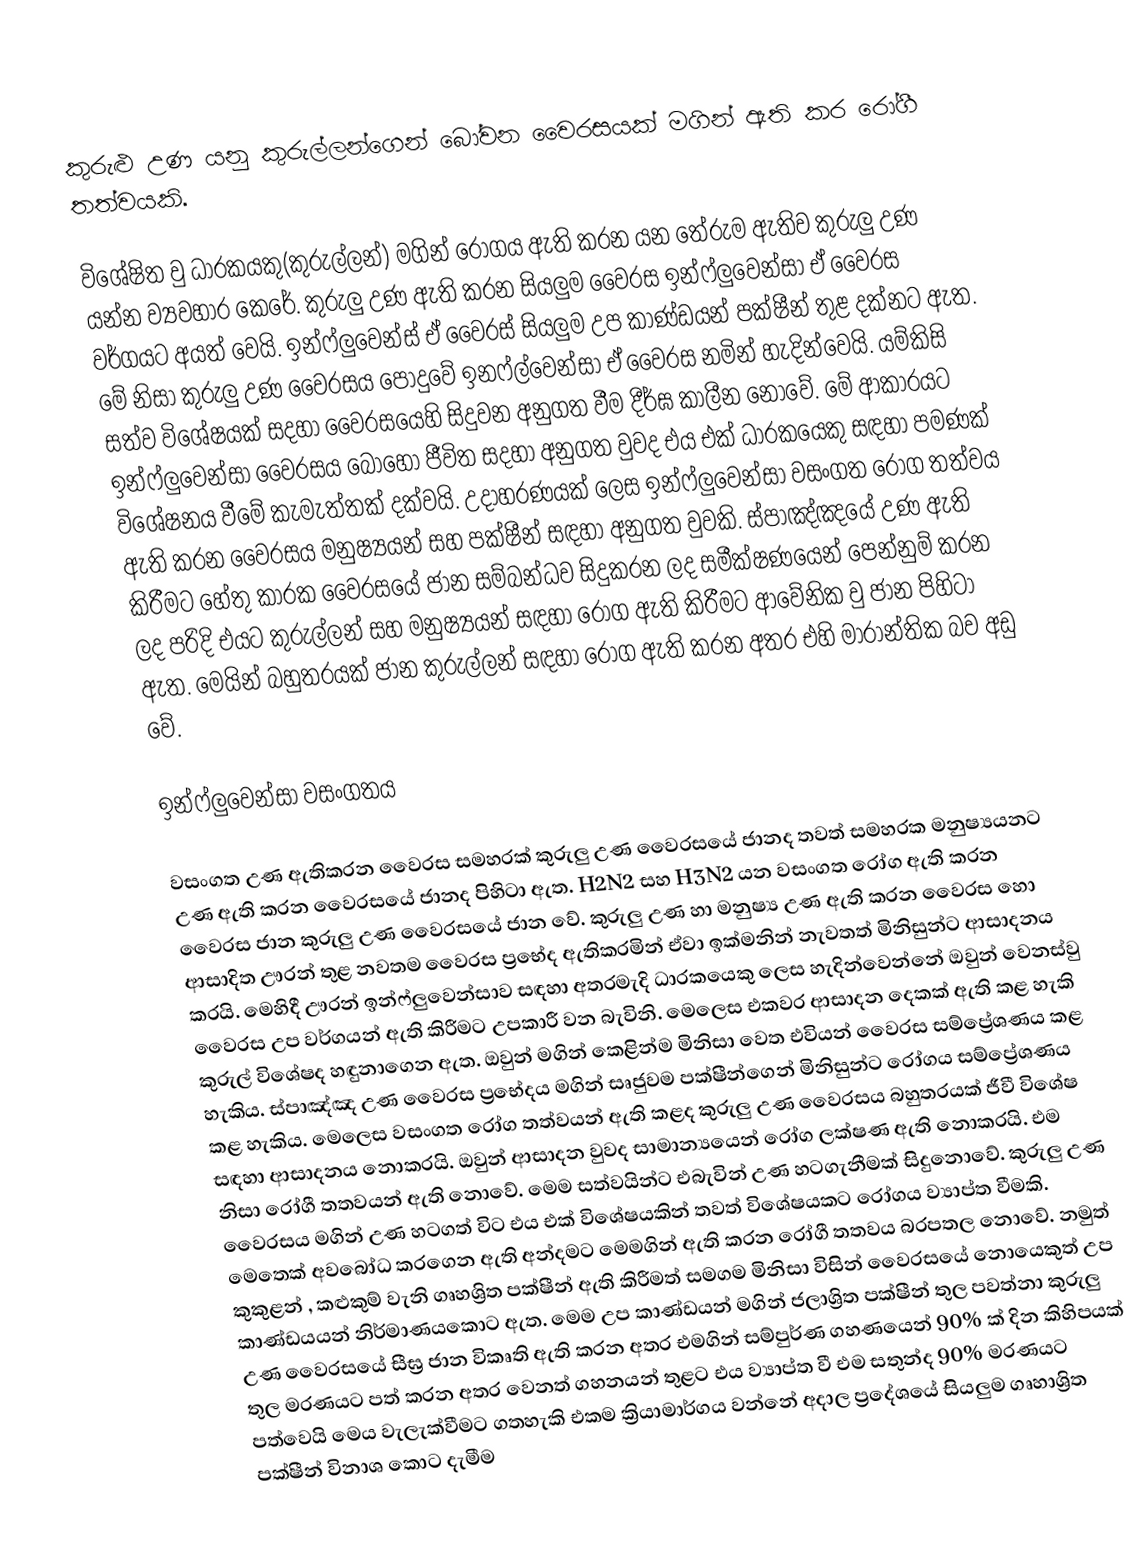
කුරුළු උණ යනු  කුරුල්ලන‍්ගෙන් බෝවන වෛරසයක් මගින් ඇති කර  රෝගී තත්වයකි.

විශේෂිත වු ධාරකයකු(කුරුල්ලන්) මගින් රෝගය ඇති කරන යන තේරුම ඇතිව කුරුලු උණ යන්න ව්‍යවහාර කෙරේ. කුරුලු උණ ඇති කරන සියලුම වෛරස ඉන්ෆ්ලුවෙන්සා ඒ වෛරස වර්ගයට අයත් වෙයි. ඉන්ෆ්ලුවෙන්ස් ඒ වෛරස් සියලුම උප කාණ්ඩයන් පක්ෂීන් තුළ දක්නට ඇත.  මේ නිසා කුරුලු උණ වෛරසය පොදුවේ ඉනෆ්ල්වෙන්සා ඒ වෛරස නමින් හැදින්වෙයි.  යම්කිසි සත්ව විශේෂයක් සදහා වෛරසයෙහි සිදුවන අනුගත වීම දීර්ඝ කාලීන නොවේ.  මේ ආකාරයට ඉන්ෆ්ලුවෙන්සා වෛරසය බොහෝ ජීවිත සදහා අනුගත වුවද එය එක් ධාරකයෙකු සඳහා පමණක් විශේෂනය වීමේ කැමැත්තක්  දක්වයි.  උදාහරණයක් ලෙස ඉන්ෆ්ලුවෙන්සා වසංගත රෝග තත්වය ඇති කරන වෛරසය මනුෂ්‍යයන් සහ පක්ෂීන්  සඳහා අනුගත වුවකි. ස්පාඤ්ඤයේ උණ ඇති කිරීමට‍ හේතු කාරක වෛරසයේ ජාන සම්බන්ධව සිදුකරන ලද සමීක්ෂණයෙන් පෙන්නුම් කරන ලද පරිදි එයට කුරුල්ලන් සහ මනුෂ්‍යයන් සඳහා රෝග ඇති කිරීමට ආවේනික වු ජාන පිහිටා ඇත. මෙයින් බහුතරයක් ජාන කුරුල්ලන් සඳහා රෝග ඇති කරන අතර එහි මාරාන්තික බව අඩු වේ.

ඉන්ෆ්ලුවෙන්සා වසංගතය

වසංගත උණ ඇතිකරන වෛරස සමහරක් කුරුලු උණ වෛරසයේ ජානද තවත් සමහරක මනුෂ්‍යයනට උණ ඇති කරන වෛරසයේ ජානද පිහිටා ඇත.  H2N2 සහ H3N2   යන වසංගත ‍රෝග ඇති කරන වෛරස ජාන කුරුලු උණ වෛරසයේ ජාන වේ.  කුරුලු උණ හා මනුෂ්‍ය උණ ඇති කරන වෛරස හො ආසාදිත ඌරන් තුළ නවතම වෛරස ප්‍රභේද ඇතිකරමින් ඒවා ඉක්මනින් නැවතත් මිනිසුන්ට  ආසාදනය කරයි.  මෙහිදී ඌරන් ඉන්ෆ්ලුවෙන්සාව සඳහා අතරමැදි ධාරකයෙකු ලෙස හැදින්වෙන්නේ ඔවුන් වෙනස්වු වෛරස උප වර්ගයන් ඇති කිරීමට උපකාරී වන බැවිනි. මෙලෙස එකවර ආසාදන දෙකක් ඇති කළ හැකි කුරුල් විශේෂද හඳුනාගෙන ඇත. ඔවුන් මගින් කෙළින්ම මිනිසා වෙත එවියන් වෛරස සම්ප්‍රේශණය කළ හැකිය. ස්පාඤ්ඤ උණ වෛරස  ප්‍රභේදය මගින් සෘජුවම පක්ෂීන්ගෙන් මිනිසුන්ට රෝගය සම්ප්‍රේශණය කළ හැකිය. මෙලෙස වසංගත රෝග තත්වයන් ඇති කළද කුරුලු උණ වෛරසය බහුතරයක් ජීවී විශේෂ සඳහා ආසාදනය නොකරයි. ඔවුන් ආසාදන වුවද සාමාන්‍යයෙන් රෝග ලක්ෂණ ඇති නොකරයි. එම නිසා රෝගී තතවයන් ඇති නොවේ. මෙම සත්වයින්ට එබැවින් උණ හටගැනීමක් සිදුනොවේ. කුරුලු උණ වෛරසය මගින් උණ හටගත් විට එය එක් විශේෂයකින් තවත් විශේෂයකට රෝගය ව්‍යාප්ත වීමකි. මෙතෙක් අවබෝධ කරගෙන ඇති අන්දමට මෙමගින් ඇති කරන රෝගී තතවය බරපතල නොවේ. නමුත් කුකුළන් , කළුකුම් වැනි ගෘහශ්‍රිත පක්ෂීන් ඇති කිරී‍මත් සමගම මිනිසා විසින් වෛරසයේ නොයෙකුත් උප කාණ්ඩයයන් නිර්මාණයකොට ඇත. මෙම උප කාණ්ඩයන් මගින් ජලාශ්‍රිත පක්ෂීන් තුල පවත්නා කුරුලු උණ වෛරසයේ සීඝ්‍ර ජාන විකෘති ඇති කරන අතර එමගින් සම්පුර්ණ ගහණයෙන් 90% ක් දින කිහිපයක් තුල මරණයට පත් කරන අතර වෙනත් ගහනයන් තුළට එය ව්‍යාප්ත වී එම සතුන්ද 90% මරණයට පත්වෙයි මෙය වැලැක්වීමට ගතහැකි එකම ක්‍රියාමාර්ගය  වන්නේ අදාල ප්‍රදේශයේ සියලුම ගෘහාශ්‍රිත පක්ෂීන් විනාශ කොට දැමීම